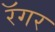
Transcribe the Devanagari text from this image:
रॅगर